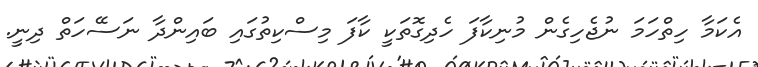
އެކަމާ ހިތްހަމަ ނުޖެހިގެން މުނިކާފަ ހެދިގޮތަކީ ކާފަ މިސްކިތުގައި ބައިންދާ ނަސޭހަތް ދިނީ.